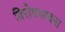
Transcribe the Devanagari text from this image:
विरोधभावना